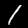
Digit: 1